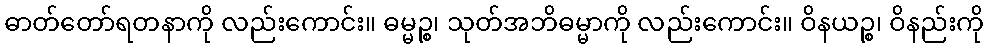
ဓာတ်တော်ရတနာကို လည်းကောင်း။ ဓမ္မဉ္စ၊ သုတ်အဘိဓမ္မာကို လည်းကောင်း။ ဝိနယဉ္စ၊ ဝိနည်းကို